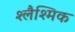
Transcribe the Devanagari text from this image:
श्लैश्मिक